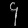
Digit: ၄